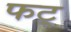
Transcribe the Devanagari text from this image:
फट्